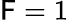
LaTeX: \mathsf{F}=1